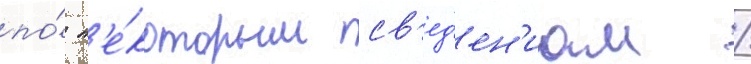
по́ н'е́которым св'ед'ен'иам /